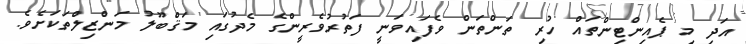
އަދި މި ޕެއިންޓިންތައް ހުރި ތަންތަން ވެފައިވަނީ ފަތުރުވެރީންގެ މެދުގައި މަޤްބޫލު މަންޒިލްތަކަށެވެ.